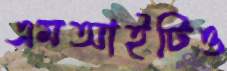
এমআইটিও